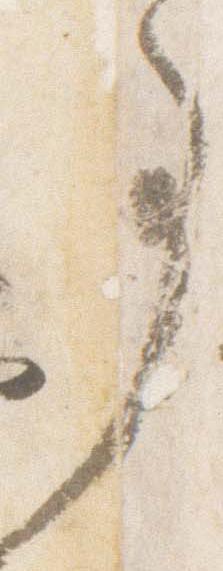
事